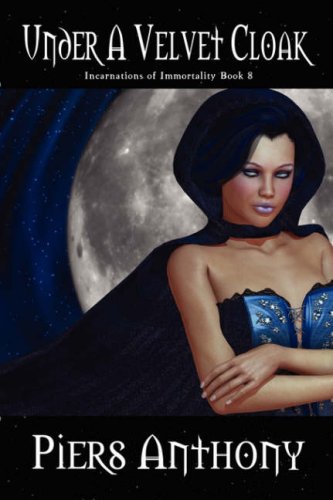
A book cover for Under a Velvet Cloak  (Incarnations of Immortality, Book 8); Piers Anthony; Science Fiction & Fantasy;